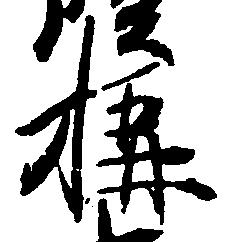
構